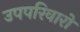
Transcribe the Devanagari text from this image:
उपपरिवारों